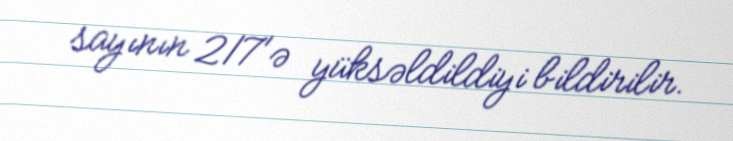
sayının 217'ə yüksəldildiyi bildirilir.